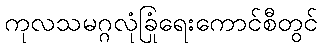
ကုလသမဂ္ဂလုံခြုံရေးကောင်စီတွင်